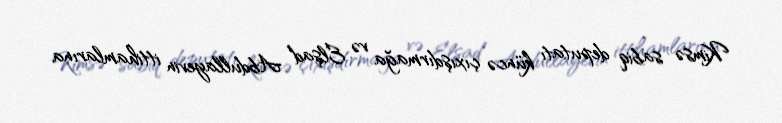
Kimsə sabiq deputatı küncə çıxışdırmağa və Elşad Abdullayevin ittihamlarına